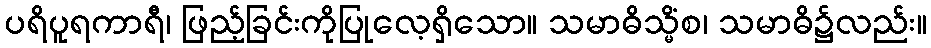
ပရိပူရကာရီ၊ ဖြည့်ခြင်းကိုပြုလေ့ရှိသော။ သမာဓိသ္မိံစ၊ သမာဓိ၌လည်း။